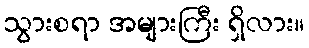
သွားစရာ အများကြီး ရှိလား။